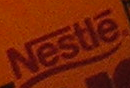
Nestle